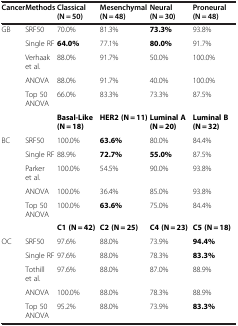
| Cancer | Methods | Classical (N = 50) | Mesenchymal (N = 48) | Neural (N = 30) | Proneural (N = 48) |
 | --- | --- | --- | --- | --- | --- |
 | GB | SRF50 | 70.0% | 81.3% | 73.3% | 93.8% |
 |  | Single RF | 64.0% | 77.1% | 80.0% | 91.7% |
 |  | Verhaak et al. | 88.0% | 91.7% | 50.0% | 100.0% |
 |  | ANOVA | 88.0% | 91.7% | 40.0% | 100.0% |
 |  | Top 50 ANOVA | 66.0% | 83.3% | 73.3% | 87.5% |
 |  |  | Basal-Like (N = 18) | HER2 (N = 11) | Luminal A (N = 20) | Luminal B (N = 32) |
 | BC | SRF50 | 100.0% | 63.6% | 80.0% | 84.4% |
 |  | Single RF | 88.9% | 72.7% | 55.0% | 87.5% |
 |  | Parker et al. | 100.0% | 54.5% | 90.0% | 93.8% |
 |  | ANOVA | 100.0% | 36.4% | 85.0% | 93.8% |
 |  | Top 50 ANOVA | 100.0% | 63.6% | 75.0% | 84.4% |
 |  |  | C1 (N = 42) | C2 (N = 25) | C4 (N = 23) | C5 (N = 18) |
 | OC | SRF50 | 97.6% | 88.0% | 73.9% | 94.4% |
 |  | Single RF | 97.6% | 88.0% | 78.3% | 83.3% |
 |  | Tothill et al. | 97.6% | 88.0% | 87.0% | 88.9% |
 |  | ANOVA | 100.0% | 88.0% | 78.3% | 88.9% |
 |  | Top 50 ANOVA | 95.2% | 88.0% | 73.9% | 83.3% |